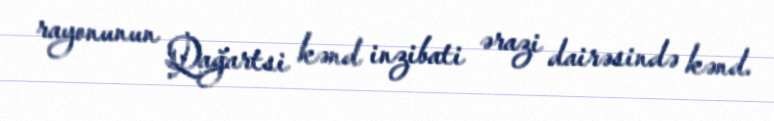
rayonunun Qağartsi kənd inzibati ərazi dairəsində kənd.